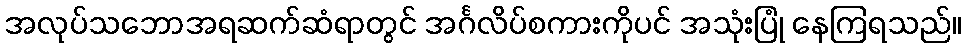
အလုပ်သဘောအရဆက်ဆံရာတွင် အင်္ဂလိပ်စကားကိုပင် အသုံးပြုံ နေကြရသည်။